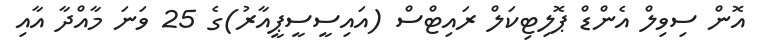
އޮން ސިވިލް އެންޑް ޕޮލިޓިކަލް ރައިޓްސް (އައިސީސީޕީއާރު)ގެ 25 ވަނަ މާއްދާ އާއި